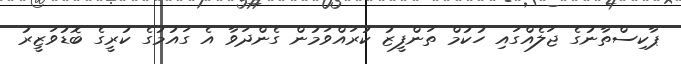
ޕާކިސްތާނުގެ ޖަލެއްގައި ހުކުމް ތަންފީޒު ކުރައްވަމުން ގެންދަވާ އެ ގައުމުގެ ކުރީގެ ބޮޑުވަޒީރު